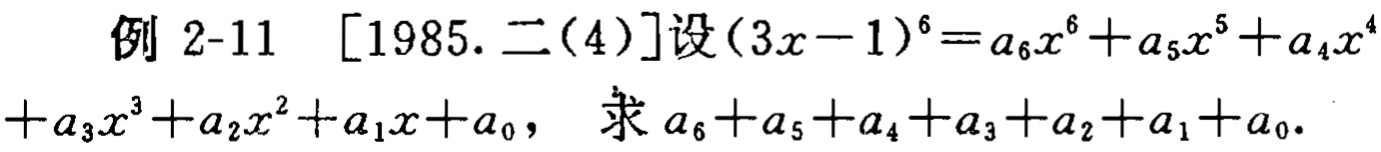
例 2-11 [1985.二(4)]设\((3x - 1)^6 = a_6x^6 + a_5x^5 + a_4x^4 + a_3x^3 + a_2x^2 + a_1x + a_0\)，求\(a_6 + a_5 + a_4 + a_3 + a_2 + a_1 + a_0\)。